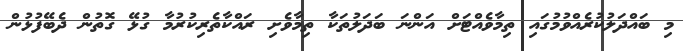
މި ބައްދަލުކުރެއްވުމުގައި ތިމާވެއްޓަށް އަންނަ ބަދަލުތަކާ ތިމާވެށި ރައްކާތެރިކުރުމާ ގުޅޭ ގޮތުން ދެބޭފުޅުން